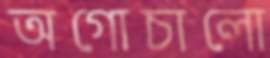
অগোচালো